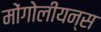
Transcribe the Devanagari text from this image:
मोंगोलीयन्स